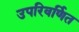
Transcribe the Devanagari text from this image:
उपरिवर्णित